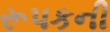
રૂપકની